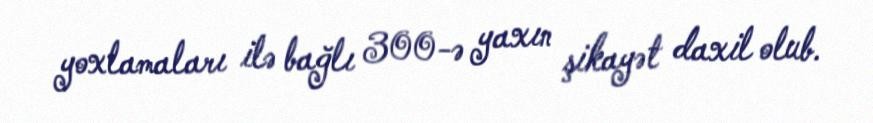
yoxlamaları ilə bağlı 300-ə yaxın şikayət daxil olub.